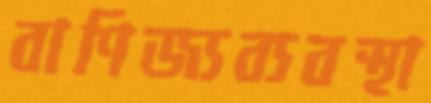
বাণিজ্যব্যবস্থা